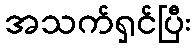
အသက်ရှင်ပြီး